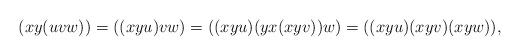
LaTeX: \begin{align*}(xy(uvw)) = ((xyu)vw)= ((xyu) (yx(xyv)) w) = ((xyu) (xyv) (xyw)) , \end{align*}